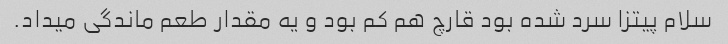
سلام پیتزا سرد شده بود قارچ هم کم بود و یه مقدار طعم ماندگی میداد.